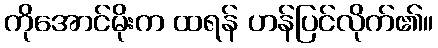
ကိုအောင်မိုးက ထရန် ဟန်ပြင်လိုက်၏။